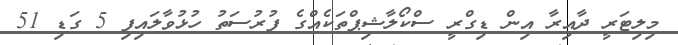
މިލިޓަރީ ދާއިރާ އިން ޑިގްރީ ސްކޯލާޝިޕްތަކެއްގެ ފުރުސަތު ހުޅުވާލައިފި 5 ގަޑި 51